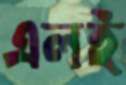
এলই